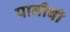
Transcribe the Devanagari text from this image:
पानीबी